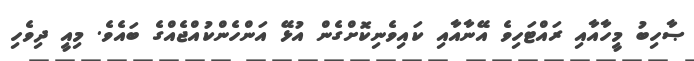
ޞާހިބު މީހާއާއި ރައްޓަހިވެ އޭނާއާއި ކައިވެނިކޮށްގެން އުޅޭ އަންހެންކުއްޖެއްގެ ބައެވެ. މިއީ ދިވެހި